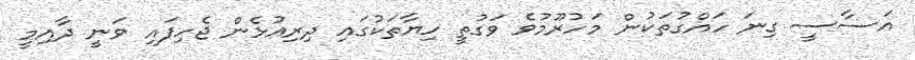
އަސާސީ ގިނަ ހައްގުތަކުން މަހުރޫމުވެ ވަގުތީ ހިޔާތަކުގައި ދިރިއުޅެން ޖެހިފައި ވަނީ ދާއިމީ